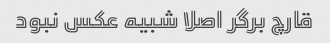
قارچ برگر اصلا شبیه عکس نبود